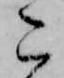
こ